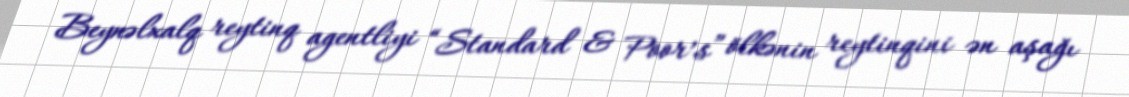
Beynəlxalq reytinq agentliyi “Standard & Poor’s” ölkənin reytinqini ən aşağı